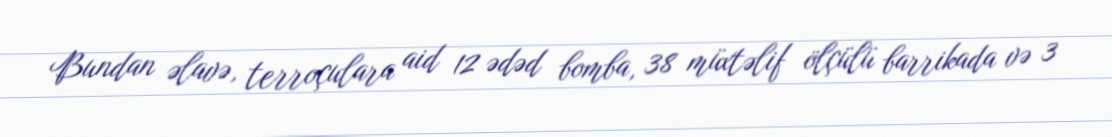
Bundan əlavə, terroçulara aid 12 ədəd bomba, 38 müxtəlif ölçülü barrikada və 3